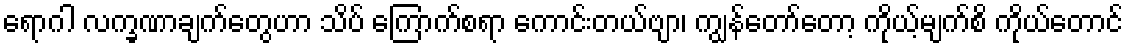
ရောဂါ လက္ခဏာချက်တွေဟာ သိပ် ကြောက်စရာ ကောင်းတယ်ဗျာ၊ ကျွန်တော်တော့ ကိုယ့်မျက်စိ ကိုယ်တောင်